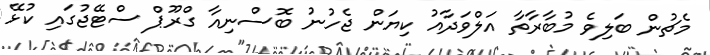
މެޗުން ބަލިވެ މުބާރާތާ އަލްވަދާއު ކިޔަން ޖެހުނު ބޮސްނިއާ ގްރޫޕް ސްޓޭޖުގައި ކުޅޭ